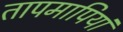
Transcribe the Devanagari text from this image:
तापमापियां